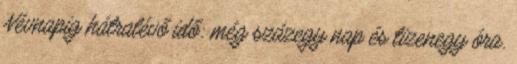
Névnapig hátralévő idő: még százegy nap és tizenegy óra.